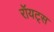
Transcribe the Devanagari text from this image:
रॉयट्स